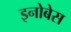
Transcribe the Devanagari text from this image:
इनोबेस